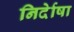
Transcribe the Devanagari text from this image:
निर्देाषा